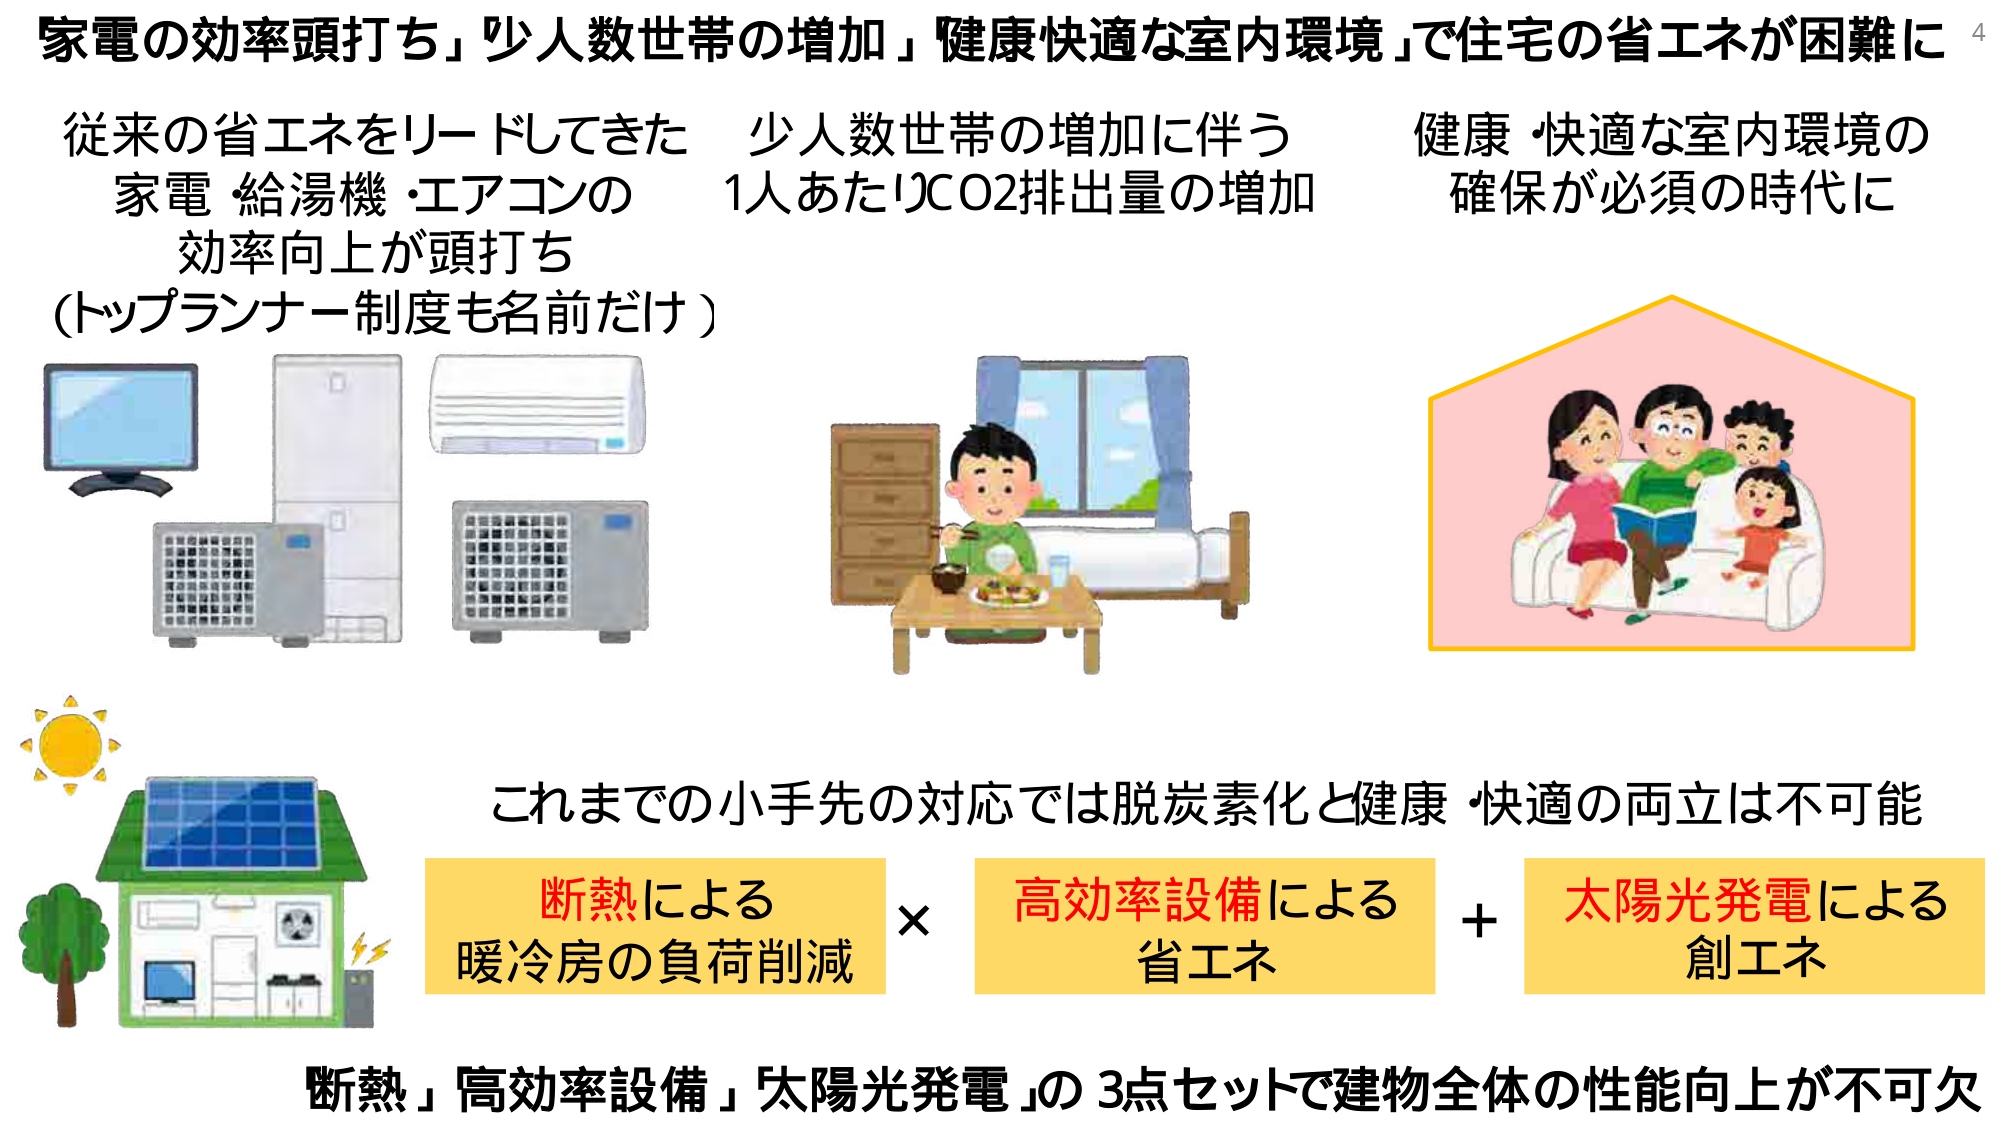
家電の効率頭打ち」少人数世帯の増加」健康快適な室内環境」で住宅の省エネが困難に

従来の省エネをリードしてきた
家電・給湯機・エアコンの
効率向上が頭打ち
（トップランナー制度も名前だけ）

少人数世帯の増加に伴う
1人あたりCO2排出量の増加

健康・快適な室内環境の
確保が必須の時代に

これまでの小手先の対応では脱炭素化と健康・快適の両立は不可能

断熱による
暖冷房の負荷削減
×
高効率設備による
省エネ
＋
太陽光発電による
創エネ

「断熱」「高効率設備」「太陽光発電」の3点セットで建物全体の性能向上が不可欠